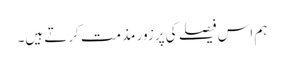
ہم اس فیصلے کی پرزور مذمت کرتے ہیں۔